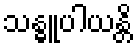
သန္ဓူပါယန္တိ